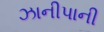
ઝાનીપાની